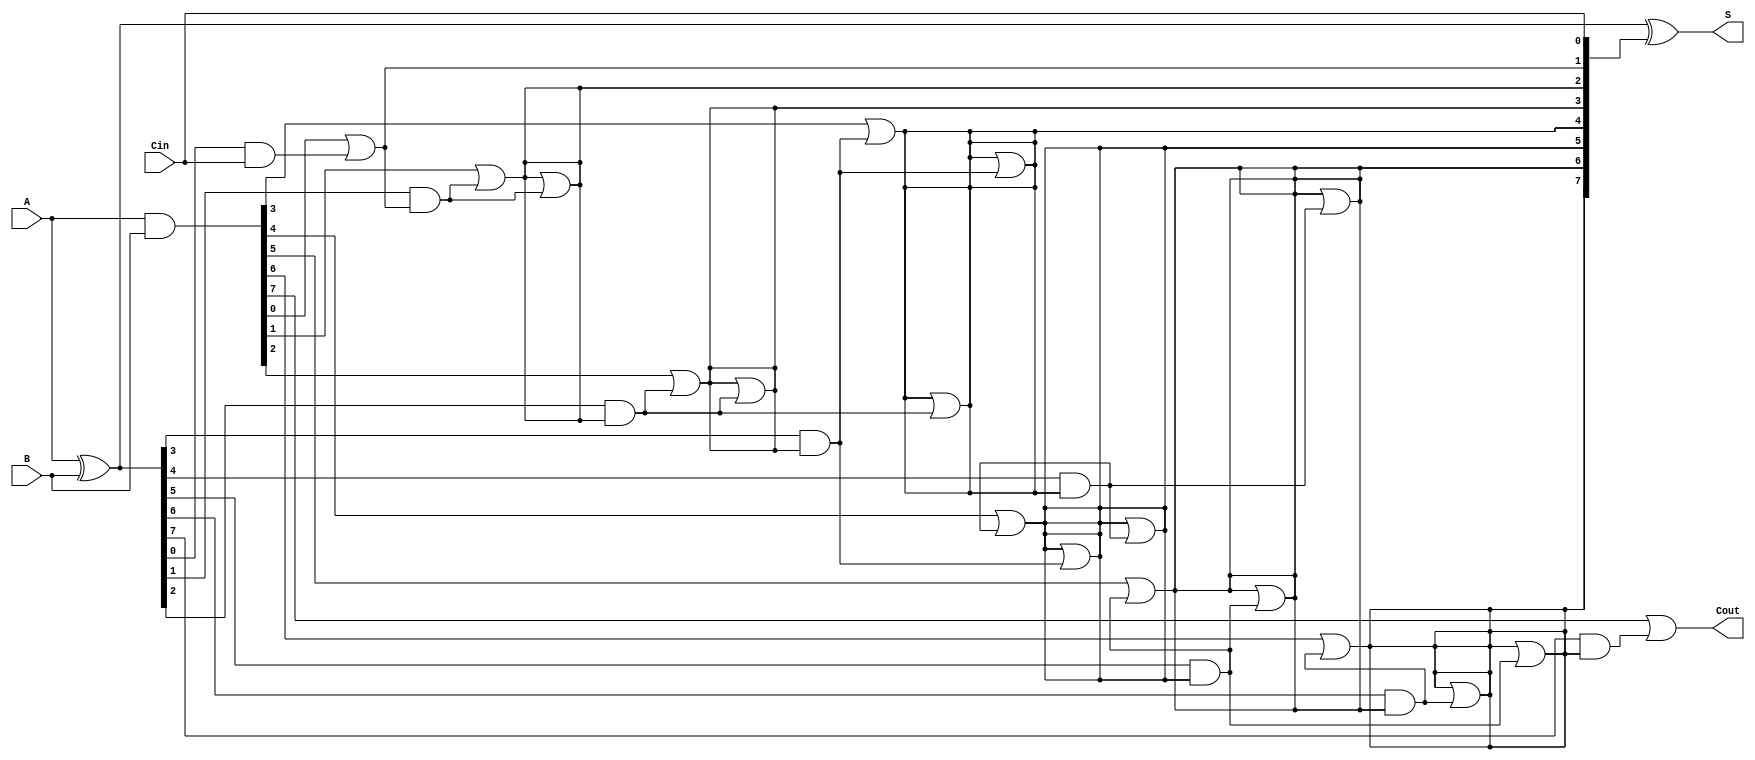
module KoggeStoneAdder #(parameter N = 8) (
    input  [N-1:0] A,      // First operand
    input  [N-1:0] B,      // Second operand
    input         Cin,      // Carry input
    output [N-1:0] S,      // Sum output
    output        Cout      // Carry output
);
    // Generate and Propagate signals
    wire [N-1:0] G; // Generate
    wire [N-1:0] P; // Propagate
    wire [N:0] C;    // Carry signals

    // Generate and Propagate calculations
    assign G = A & B;         // G[i] = A[i] AND B[i]
    assign P = A ^ B;         // P[i] = A[i] XOR B[i]

    // Carry signals initialization
    assign C[0] = Cin;        // C[0] = Cin

    // Carry generation using Kogge-Stone structure
    genvar i, j, k;
    generate
        // Level 1
        for (i = 0; i < N; i = i + 1) begin : level1
            assign C[i + 1] = G[i] | (P[i] & C[i]);
        end
        
        // Additional levels for Kogge-Stone
        for (k = 1; k < $clog2(N); k = k + 1) begin : levels
            for (j = 0; j < N; j = j + 1) begin : carry_gen
                if (j >= (1 << k)) begin
                    assign C[j] = C[j] | (P[j - (1 << (k - 1))] & C[j - (1 << (k - 1))]);
                end
            end
        end
    endgenerate

    // Sum calculation
    assign S = P ^ C[N-1:0];  // S[i] = P[i] XOR C[i]

    // Final carry out
    assign Cout = C[N];       // Cout = C[n]

endmodule